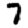
Digit: 7